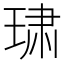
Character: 𰢄